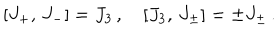
LaTeX: \left[ J _ { + } , \, J _ { - } \right] = J _ { 3 } \, , \quad \left[ J _ { 3 } , \, J _ { \pm } \right] = \pm J _ { \pm } \, .